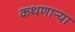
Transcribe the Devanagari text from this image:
कथणाऱ्या